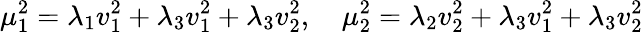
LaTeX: \mu_{1}^{2}=\lambda_{1}v_{1}^{2}+\lambda_{3}v_{1}^{2}+\lambda_{3}v_{2}^{2},\quad\mu_{2}^{2}=\lambda_{2}v_{2}^{2}+\lambda_{3}v_{1}^{2}+\lambda_{3}v_{2}^{2}